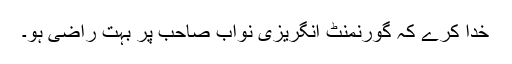
خدا کرے کہ گورنمنٹ انگریزی نواب صاحب پر بہت راضی ہو۔